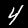
Label: 4